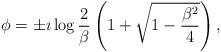
LaTeX: \begin{align*}\phi = \pm \imath \log \frac{2}{\beta}\left(1+\sqrt{1-\frac{\beta^2}{4}} \right),\end{align*}